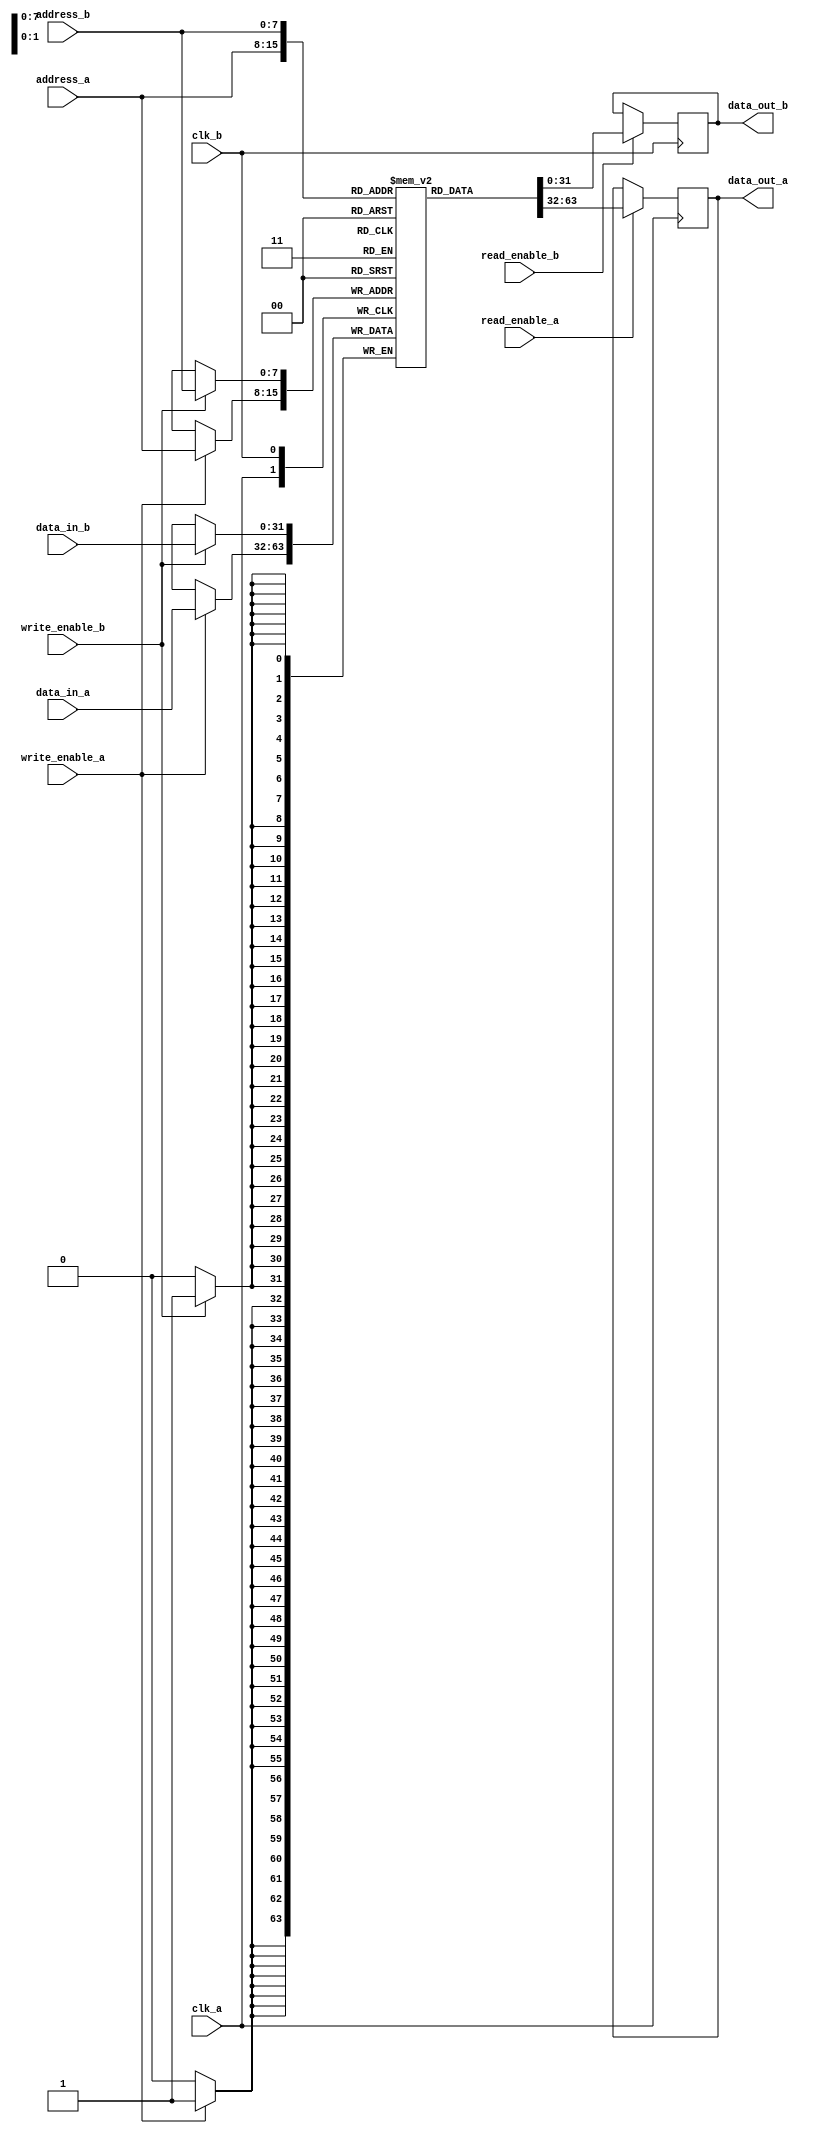
module dual_port_scratchpad_memory #(
    parameter ADDR_WIDTH = 8,  // Width of the address bus
    parameter DATA_WIDTH = 32,  // Width of the data bus
    parameter MEMORY_SIZE = 256  // Number of words in memory
) (
    // Port A
    input wire clk_a,
    input wire read_enable_a,
    input wire write_enable_a,
    input wire [ADDR_WIDTH-1:0] address_a,
    input wire [DATA_WIDTH-1:0] data_in_a,
    output reg [DATA_WIDTH-1:0] data_out_a,

    // Port B
    input wire clk_b,
    input wire read_enable_b,
    input wire write_enable_b,
    input wire [ADDR_WIDTH-1:0] address_b,
    input wire [DATA_WIDTH-1:0] data_in_b,
    output reg [DATA_WIDTH-1:0] data_out_b
);

    // Memory array
    reg [DATA_WIDTH-1:0] memory [0:MEMORY_SIZE-1];

    // Port A operations
    always @(posedge clk_a) begin
        if (write_enable_a) begin
            memory[address_a] <= data_in_a; // Write data to memory
        end
        if (read_enable_a) begin
            data_out_a <= memory[address_a]; // Read data from memory
        end
    end

    // Port B operations
    always @(posedge clk_b) begin
        if (write_enable_b) begin
            memory[address_b] <= data_in_b; // Write data to memory
        end
        if (read_enable_b) begin
            data_out_b <= memory[address_b]; // Read data from memory
        end
    end

endmodule